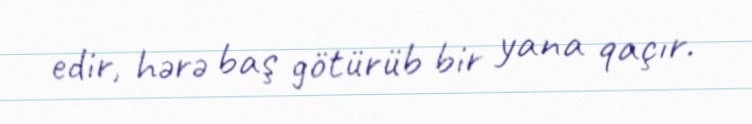
edir, hərə baş götürüb bir yana qaçır.